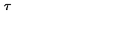
\tau